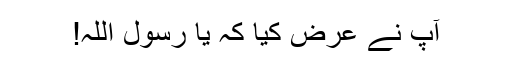
آپ نے عرض کیا کہ یا رسول اللہؐ!